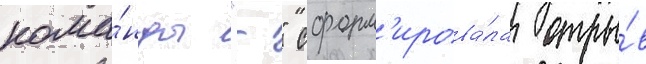
кома́нды "-" сформ'ирова́ла отры́в